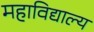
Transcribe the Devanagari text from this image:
महाविद्याल्य